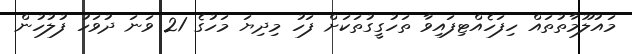
މައުލޫމާތުތައް ހިފަހެއްޓިފައިވާ ތަހުގީގުތަކަށް ފަހު މިދިޔަ މަހުގެ 21 ވަނަ ދުވަހު ފުލުހުން